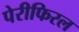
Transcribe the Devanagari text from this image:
पेरीफिरल